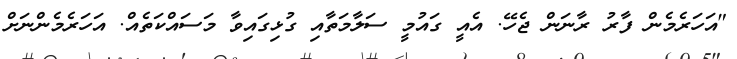
"އަހަރެމެން ފާރު ރާނަން ޖެހޭ. އެއީ ގައުމީ ސަލާމަތާއި ގުޅިގައިވާ މަސައްކަތެއް. އަހަރެމެންނަށް